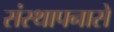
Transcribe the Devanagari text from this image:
संस्थापनासे